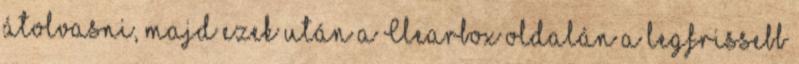
átolvasni, majd ezek után a Clearbox oldalán a legfrissebb